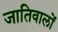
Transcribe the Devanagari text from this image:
जातिवालों